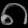
Digit: ၈